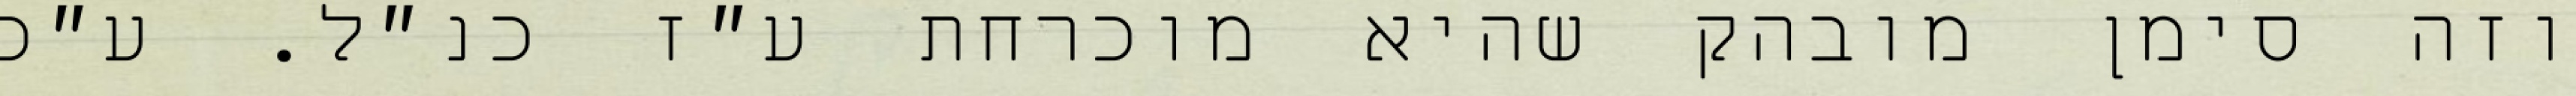
וזה סימן מובהק שהיא מוכרחת ע״ז כנ״ל. ע״כ